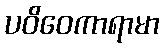
ပဝိဝေကာရာမာ